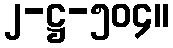
၂-ဋ္ဌ-၅၀၄။